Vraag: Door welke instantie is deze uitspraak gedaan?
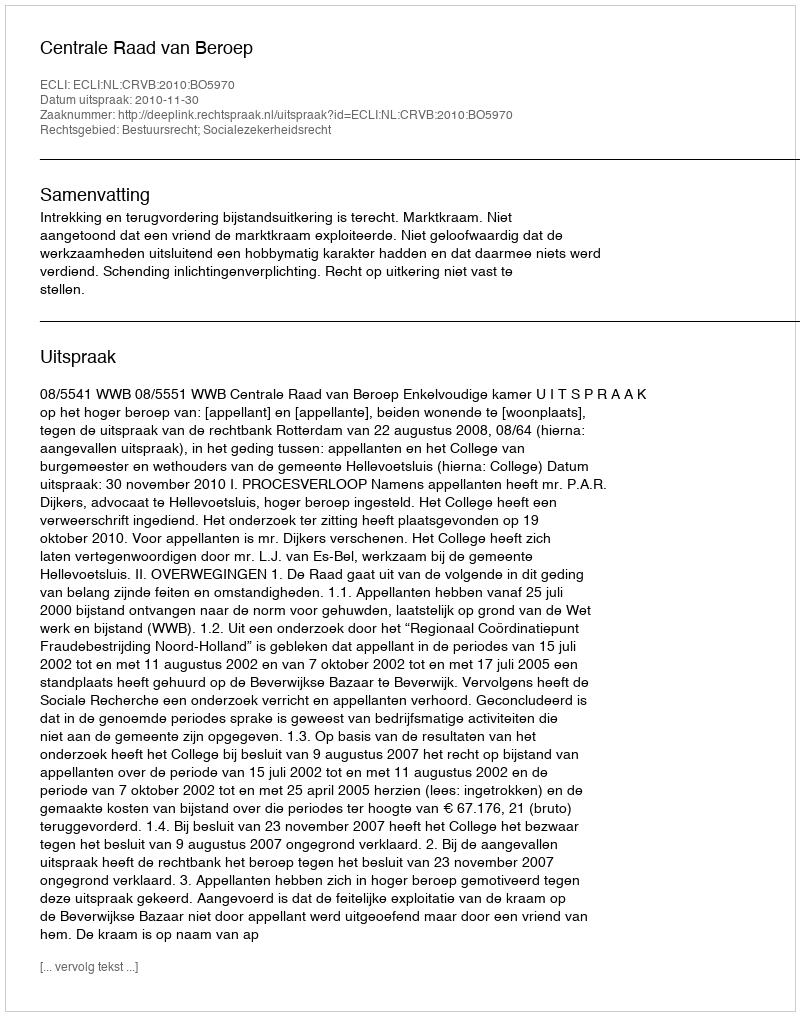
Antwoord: Centrale Raad van Beroep